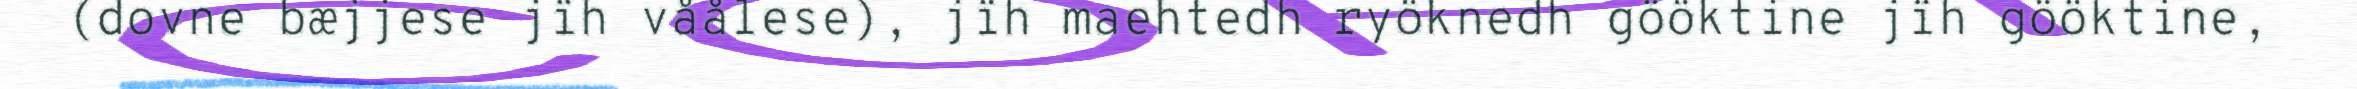
(dovne bæjjese jïh våålese), jïh maehtedh ryöknedh gööktine jïh gööktine,